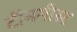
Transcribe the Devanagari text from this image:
टीमगीस्ट